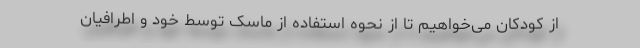
از کودکان می‌خواهیم تا از نحوه استفاده از ماسک توسط خود و اطرافیان